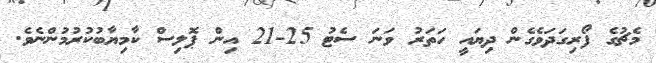
މެޗުގެ ފޯރިގަދަވެގެން ދިޔައީ ހަތަރު ވަނަ ސެޓު 25-21 އިން ޕޮލިސް ކާމިޔާބުކުރުމުންނެވެ.